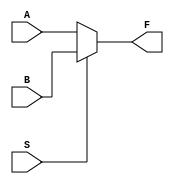
module MUL2_1(A, B, S, F);
    input A, B, S;
    output F;

    reg F;

    always @(A or B or S)
        begin
            F = A;
            if (S)
                F = B;
        end
endmodule